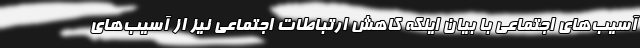
آسیب‌های اجتماعی با بیان اینکه کاهش ارتباطات اجتماعی نیز از آسیب‌های